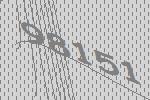
98151